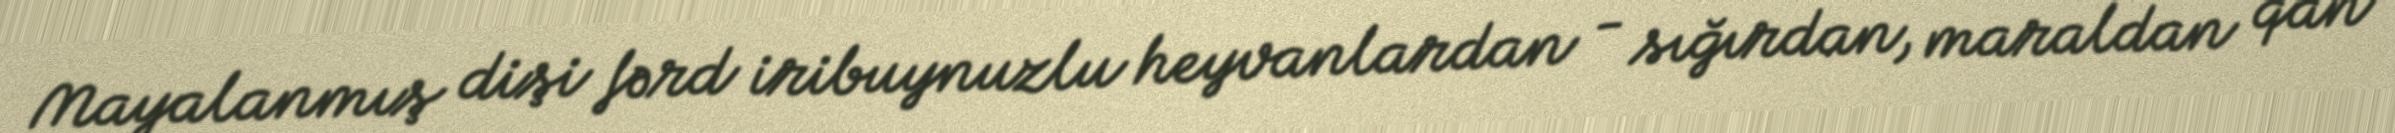
Mayalanmış dişi fərd iribuynuzlu heyvanlardan - sığırdan, maraldan qan